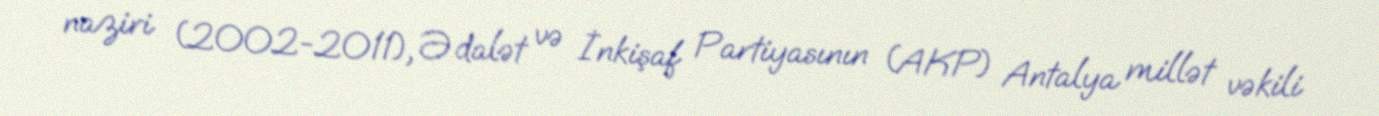
naziri (2002-2011), Ədalət və İnkişaf Partiyasının (AKP) Antalya millət vəkili